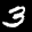
Label: 3